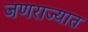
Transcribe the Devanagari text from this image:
जणराज्यात